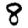
Digit: 8